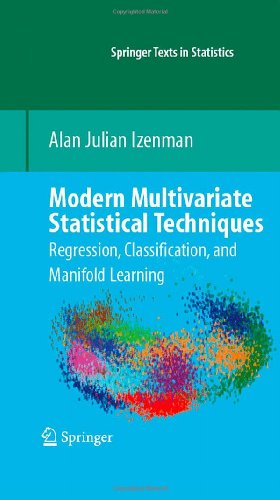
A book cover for Modern Multivariate Statistical Techniques: Regression, Classification, and Manifold Learning (Springer Texts in Statistics); Alan J. Izenman; Test Preparation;